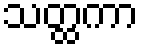
သတ္ထကာ